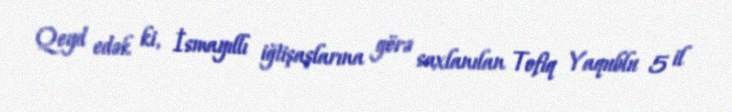
Qeyd edək ki, İsmayıllı iğtişaşlarına görə saxlanılan Tofiq Yaqublu 5 il